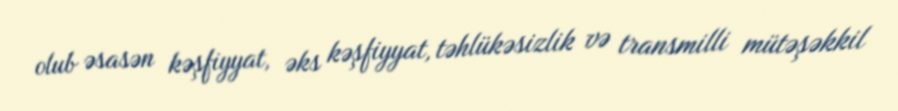
olub əsasən kəşfiyyat, əks kəşfiyyat, təhlükəsizlik və transmilli mütəşəkkil